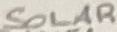
Text: SOLAR